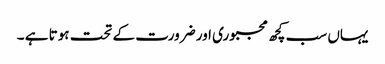
یہاں سب کچھ مجبوری اور ضرورت کے تحت ہوتا ہے ۔